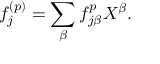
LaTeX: f _ { j } ^ { ( p ) } = \sum _ { \beta } f _ { j \beta } ^ { p } X ^ { \beta } .